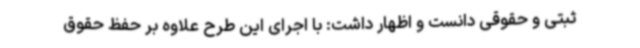
ثبتی و حقوقی دانست و اظهار داشت: با اجرای این طرح علاوه بر حفظ حقوق